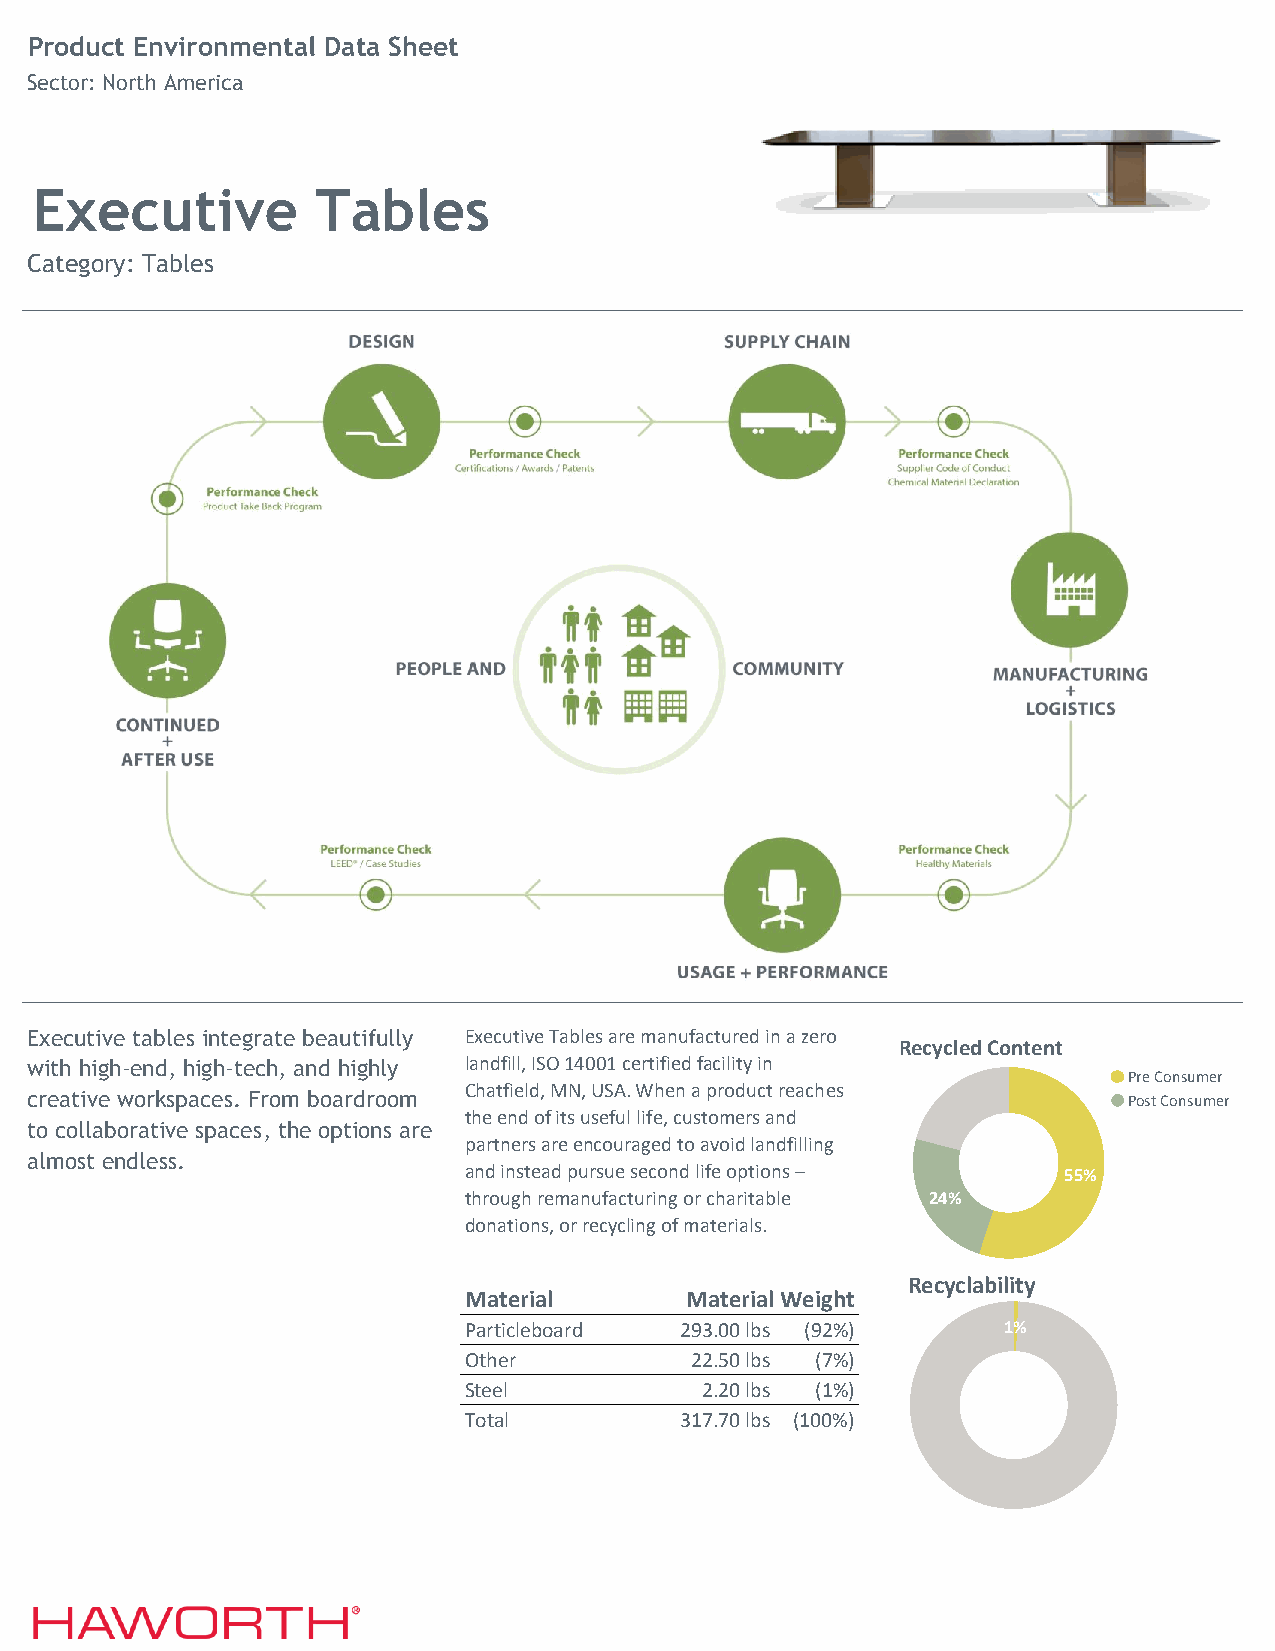
Product Environmental Data Sheet
 Sector: North America
 Executive          Tables
 Category: Tables
 Executive tables integrate beautifully Executive Tables are manufactured in a zero
 Recycled Content
 with high-end, high-tech, and highly landfill, ISO 14001 certified facility in
 Pre Consumer
 Chatfield, MN, USA. When a product reaches
 creative workspaces. From boardroom                                      Post Consumer
 the end of its useful life, customers and
 to collaborative spaces, the options are
 partners are encouraged to avoid landfilling
 almost endless.
 and instead pursue second life options – 55%
 through remanufacturing or charitable 24%
 donations, or recycling of materials.
 Recyclability
 Material      Material Weight
 Particleboard 293.00 lbs (92%)     1%
 Other          22.50 lbs (7%)
 Steel          2.20 lbs (1%)
 Total         317.70 lbs (100%)
 Glass          0.00 lbs (0%)
 Aluminum       0.00 lbs (0%)
 Drywall        0.00 lbs (0%)
 Plastic        0.00 lbs (0%)
 Wood           0.00 lbs (0%)
 FNo/aAm        0.00 lbs (0%)